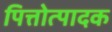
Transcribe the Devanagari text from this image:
पित्तोत्पादक